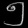
Digit: ၅